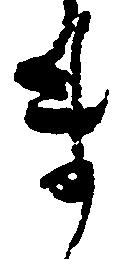
ま